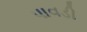
પાવડી